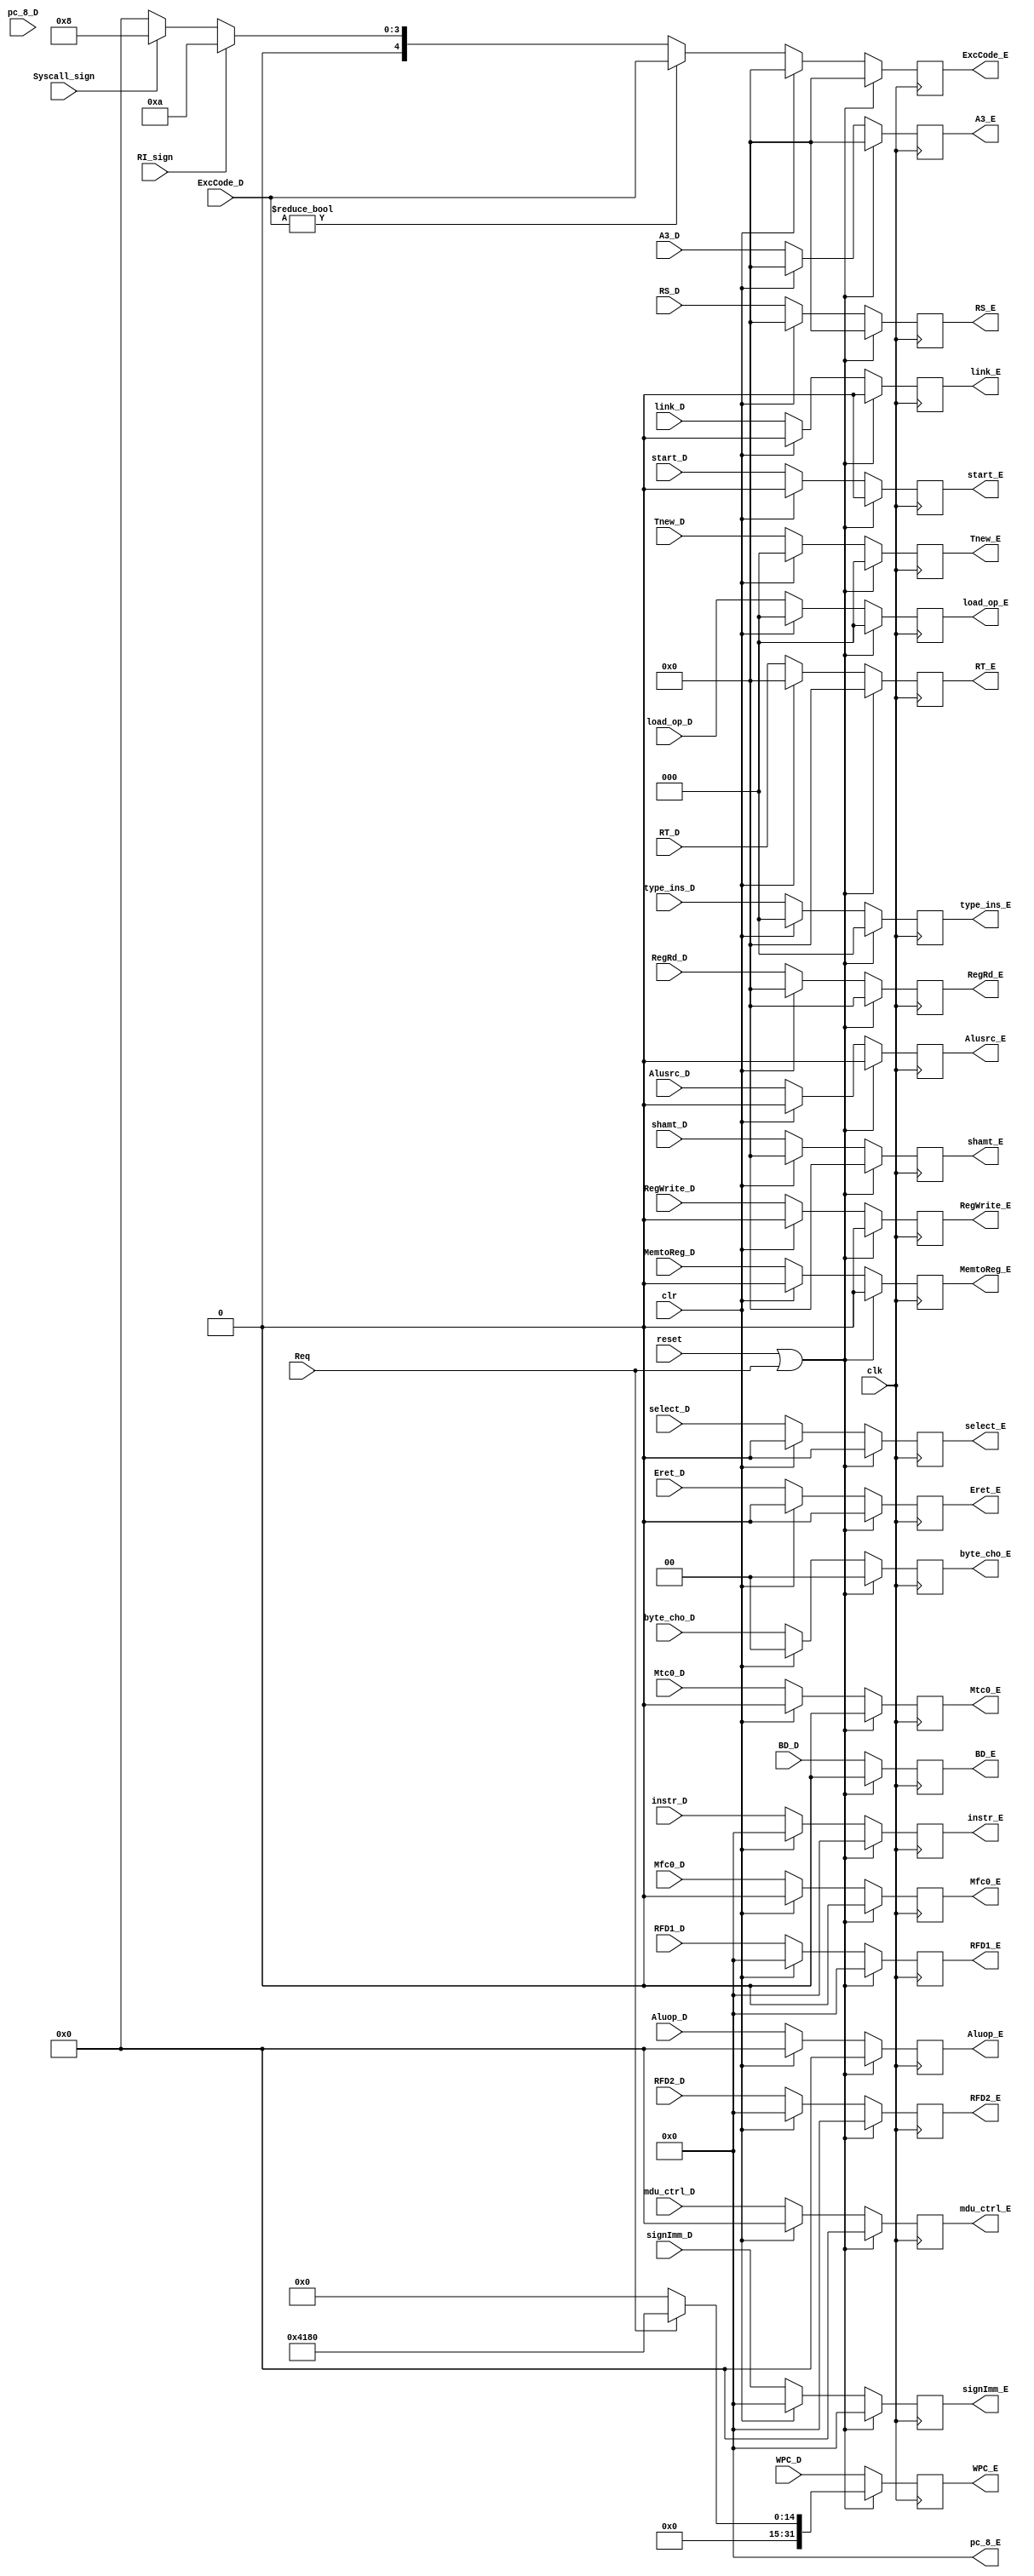
module E_state (
    input RegWrite_D,
    input MemtoReg_D,
    input [3:0]Aluop_D,
    input Alusrc_D,
    input link_D,
    //6 signs of ctrl
    input [31:0]RFD1_D,
    input [31:0]RFD2_D,
    // read data 1/2
    input [31:0]signImm_D,
    //sign to use
    input [31:0]pc_8_D,
    //pc to carry and write in
    input [4:0]RS_D,
    input [4:0]RT_D,
    //rs rt rd to compare
    input clr,
    input reset,
    input clk,
    //time signs
    output RegWrite_E,
    output MemtoReg_E,
    output [3:0]Aluop_E,
    output link_E,
    output Alusrc_E,
    //6 signs out
    output [31:0]RFD1_E,
    output [31:0]RFD2_E,
    output [31:0]signImm_E,
    output [31:0]pc_8_E,
    output [4:0]RS_E,
    output [4:0]RT_E,
    input [4:0]A3_D,
    output [4:0]A3_E,
    input [31:0] WPC_D,
    output [31:0] WPC_E,
    input [2:0]Tnew_D,
    output[2:0]Tnew_E,
    input [4:0]shamt_D,
    output [4:0]shamt_E,//
	input [31:0]instr_D,
	output[31:0]instr_E,
    input [1:0]byte_cho_D,
    output [1:0]byte_cho_E,
    input start_D,
    output start_E,
    input select_D,
    output select_E,
    input [3:0] mdu_ctrl_D,
    output [3:0]mdu_ctrl_E,
	input [2:0]load_op_D,
    output [2:0]load_op_E,
    input Req,
    input BD_D,
    output BD_E,
    input [2:0]type_ins_D,
    output [2:0]type_ins_E,
    input Syscall_sign,
    input RI_sign,
    input [4:0]ExcCode_D,
    output [4:0]ExcCode_E,
    input Mtc0_D,
    output Mtc0_E,
    input Mfc0_D,
    output Mfc0_E,
    input Eret_D,
    output Eret_E,
    input [4:0]RegRd_D,
    output [4:0]RegRd_E
);
    reg RegWrite;
    reg  MemtoReg;
    reg  [3:0]Aluop;
    reg  Alusrc;
    reg  link;
    reg  [31:0]RFD1;
    reg  [31:0]RFD2;
    reg [31:0]signImm;
    reg [4:0]shamt;
    reg  [31:0]pc_8;
    reg  [4:0]RS;
    reg  [4:0]RT;
    reg [4:0]A3;
    reg  [31:0] WPC;
    reg [2:0]Tnew;//
	 reg [31:0]instr;
     reg [1:0]byte_cho;
	 reg [2:0]load_op;
     reg start;
     reg select;
     reg [3:0]mdu_ctrl;
     reg BD;
     reg [2:0]type_ins;
     reg [4:0]ExcCode;
     reg Eret;
     reg Mtc0;
     reg Mfc0;
     reg[4:0]RegRd;
assign RegWrite_E=RegWrite;
assign MemtoReg_E=MemtoReg;
assign Aluop_E=Aluop;
assign link_E=link;
assign Alusrc_E=Alusrc;
assign RFD1_E=RFD1;
assign RFD2_E=RFD2;
assign signImm_E=signImm;
assign pc_8_E=pc_8;
assign RS_E=RS;
assign RT_E=RT;
assign WPC_E=WPC;
assign A3_E=A3;
assign Tnew_E=Tnew;
assign shamt_E=shamt;
assign instr_E=instr;
assign byte_cho_E=byte_cho;
assign load_op_E=load_op;
assign start_E=start;
assign select_E=select;
assign mdu_ctrl_E=mdu_ctrl;
assign BD_E=BD;
assign type_ins_E=type_ins;
assign ExcCode_E=ExcCode;
assign Eret_E=Eret;
assign Mtc0_E=Mtc0;
assign Mfc0_E=Mfc0;
assign RegRd_E=RegRd;
    always @(posedge clk) begin
        if(reset==1||Req==1)
        begin
            RegWrite<=0;
            MemtoReg<=0;
            Aluop<=0;
            link<=0;
            RFD1<=0;
            RFD2<=0;
            signImm<=0;
            RS<=0;
            RT<=0;
            A3<=0;
            Tnew<=0;
            Alusrc<=0;
            shamt<=0;
            ExcCode<=0;
        WPC<=(Req==1)?32'h0000_4180:0;
				instr<=0;
                byte_cho<=0;
				load_op<=0;
                mdu_ctrl<=0;
                start<=0;
                select<=0;
                BD<=0;
                type_ins<=0;
                RegRd<=0;
                Eret<=0;
                Mtc0<=0;
                Mfc0<=0;
		end
        else if(clr==1) begin
            RegWrite<=0;
            MemtoReg<=0;
            Aluop<=0;
            link<=0;
            RFD1<=0;
            RFD2<=0;
            signImm<=0;
            RS<=0;
            RT<=0;
            A3<=0;
            Tnew<=0;
            Alusrc<=0;
            shamt<=0;
				WPC<=WPC_D;
				instr<=0;
                byte_cho<=0;
				load_op<=0;
                mdu_ctrl<=0;
                start<=0;
                select<=0;
                BD<=BD_D;
                type_ins<=0;
                ExcCode<=0;
                RegRd<=0;
                Eret<=0;
                Mtc0<=0;
                Mfc0<=0;
        end
        else
        begin
            RegWrite<=RegWrite_D;
            MemtoReg<=MemtoReg_D;
            Aluop<=Aluop_D;
            link<=link_D;
            RFD1<=RFD1_D;
            RFD2<=RFD2_D;
            signImm<=signImm_D;
            RS<=RS_D;
            RT<=RT_D;
            A3<=A3_D;
            Tnew<=Tnew_D;
            Alusrc<=Alusrc_D;
            shamt<=shamt_D;
				WPC<=WPC_D;
				instr<=instr_D;
                byte_cho<=byte_cho_D;
				load_op<=load_op_D;
                start<=start_D;
                select<=select_D;
                mdu_ctrl<=mdu_ctrl_D;
                BD<=BD_D;
                type_ins<=type_ins_D;
                ExcCode<=(ExcCode_D!=0)?ExcCode_D:
                         (RI_sign==1)?5'd10:
                         (Syscall_sign==1)?5'd8:5'd0;
                RegRd<=RegRd_D;
                Eret<=Eret_D;
                Mtc0<=Mtc0_D;
                Mfc0<=Mfc0_D;
        end
    end
initial
    begin
	         RegWrite=0;
            MemtoReg=0;
            Aluop=0;
            link=0;
            RFD1=0;
            RFD2=0;
            signImm=0;
            pc_8=0;
            RS=0;
            RT=0;
            A3=0;
            Tnew=0;
            Alusrc=0;
            shamt=0;
				WPC=0;
				instr=0;
                byte_cho=0;
                select=0;
                mdu_ctrl=0;
                start=0;
				load_op=0;
                BD=0;
                type_ins=0;
                ExcCode=0;
                RegRd=0;
                Eret=0;
                Mtc0=0;
                Mfc0=0;
	 end
endmodule //E_state